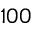
1 0 0